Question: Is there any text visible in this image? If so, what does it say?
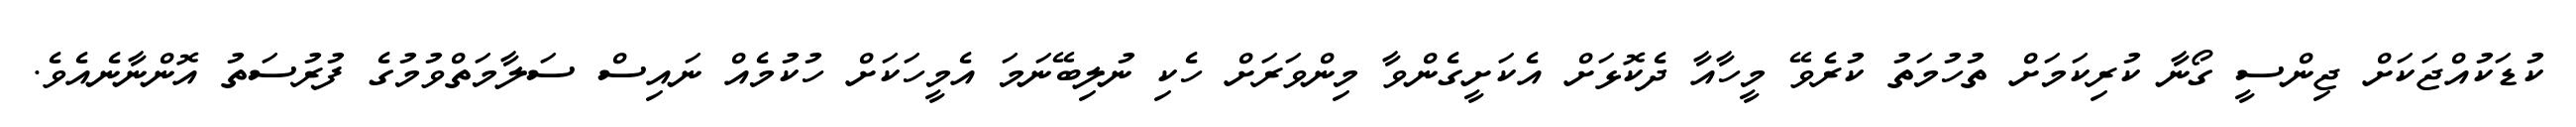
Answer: ކުޑަކުއްޖަކަށް ޖިންސީ ގޯނާ ކުރިކަމަށް ތުހުމަތު ކުރެވޭ މީހާއާ ދެކޮޅަށް އެކަށީގެންވާ މިންވަރަށް ހެކި ނުލިބޭނަމަ އެމީހަކަށް ހުކުމެއް ނައިސް ސަލާމަތްވުމުގެ ފުރުސަތު އޮންނާނެއެވެ.